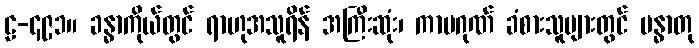
ဠ-၄၉၁။ ခန္ဓာကိုယ်တွင် ရာဟုအသူရိန် အကြီးဆုံး၊ ကာမဂုဏ် ခံစားသူများတွင် မန္ဓာတု